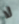
لا